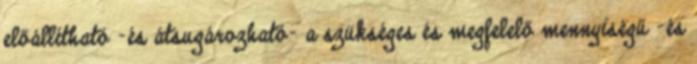
előállítható -és átsugározható- a szükséges és megfelelő mennyiségű -és